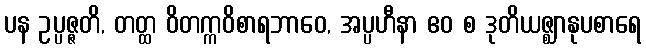
ပန ဥပ္ပဇ္ဇတိ, တတ္ထ ဝိတက္ကဝိစာရဘာဝေ, အပ္ပဟီနာ ဧဝ စ ဒုတိယဇ္ဈာနုပစာရေ